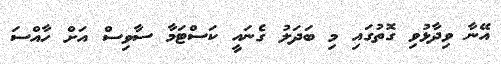
އޭނާ ވިދާޅުވި ގޮތުގައި މި ބަދަލު ގެނައީ ކަސްޓަމާ ސާވިސް އަށް ހާއްސަ